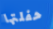
حفلتها